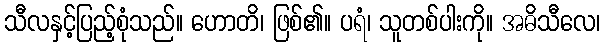
သီလနှင့်ပြည့်စုံသည်။ ဟောတိ၊ ဖြစ်၏။ ပရံ၊ သူတစ်ပါးကို။ အဓိသီလေ၊